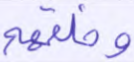
وخلقهم